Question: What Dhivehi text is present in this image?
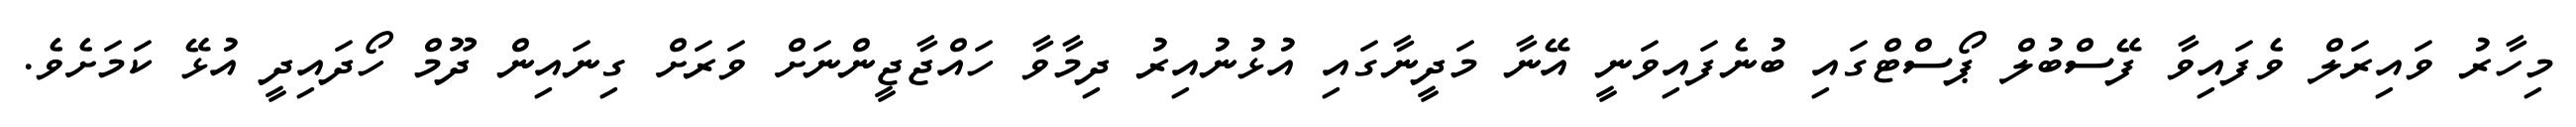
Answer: މިހާރު ވައިރަލް ވެފައިވާ ފޭސްބުލް ޕޯސްޓްގައި ބުނެފައިވަނީ އޭނާ މަދީނާގައި އުޅުނުއިރު ދިމާވާ ހައްޖާޖީންނަށް ވަރަށް ގިނައިން ދޫމް ހޯދައިދީ އުޅޭ ކަމަށެވެ.